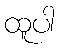
ထူပါ